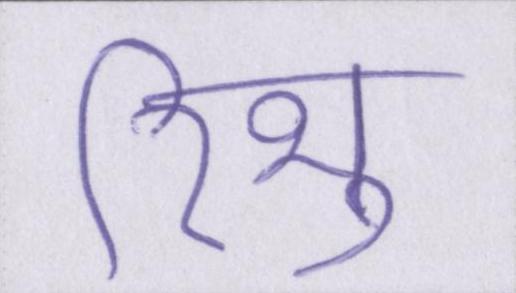
रिभु